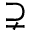
\supsetneq